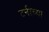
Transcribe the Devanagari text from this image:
टर्नरच्या